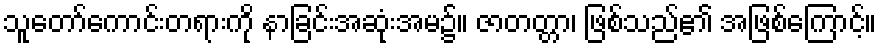
သူတော်ကောင်းတရားကို နာခြင်းအဆုံးအမ၌။ ဇာတတ္တာ၊ ဖြစ်သည်၏ အဖြစ်ကြောင့်။